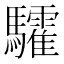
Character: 𩧏